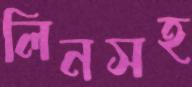
লিনসহ